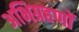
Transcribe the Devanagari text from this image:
अभिग्रहणों